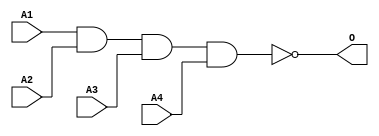
module JNAND4C(A1, A2, A3, A4, O);
input   A1;
input   A2;
input   A3;
input   A4;
output  O;
nand g0(O, A1, A2, A3, A4);
endmodule